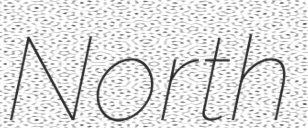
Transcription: North